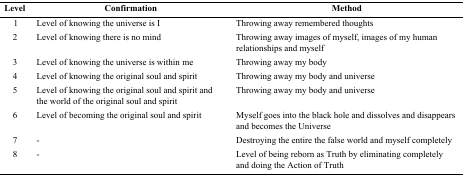
<table><thead><tr><td><b>Level</b></td><td><b>Confirmation</b></td><td><b>Method</b></td></tr></thead><tbody><tr><td>1</td><td>Level of knowing the universe is I</td><td>Throwing away remembered thoughts</td></tr><tr><td>2</td><td>Level of knowing there is no mind</td><td>Throwing away images of myself, images of my human relationships and myself</td></tr><tr><td>3</td><td>Level of knowing the universe is within me</td><td>Throwing away my body</td></tr><tr><td>4</td><td>Level of knowing the original soul and spirit</td><td>Throwing away my body and universe</td></tr><tr><td>5</td><td>Level of knowing the original soul and spirit and the world of the original soul and spirit</td><td>Throwing away my body and universe</td></tr><tr><td>6</td><td>Level of becoming the original soul and spirit</td><td>Myself goes into the black hole and dissolves and disappears and becomes the Universe</td></tr><tr><td>7</td><td>-</td><td>Destroying the entire the false world and myself completely</td></tr><tr><td>8</td><td>-</td><td>Level of being reborn as Truth by eliminating completely and doing the Action of Truth</td></tr></tbody></table>